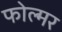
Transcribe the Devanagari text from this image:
फोल्मर